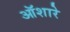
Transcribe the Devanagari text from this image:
ऑशारे